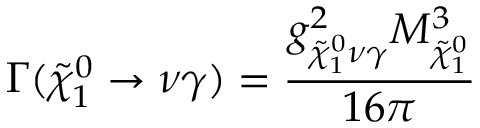
\Gamma ( \tilde { \chi } _ { 1 } ^ { 0 } \rightarrow \nu \gamma ) = \frac { g _ { { \tilde { \chi } _ { 1 } ^ { 0 } } \nu \gamma } ^ { 2 } M _ { \tilde { \chi } _ { 1 } ^ { 0 } } ^ { 3 } } { 1 6 \pi }